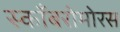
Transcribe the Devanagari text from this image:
स्काँबरोमोरस